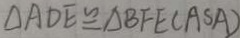
\Delta A D E \cong \Delta B F E ( A S A )